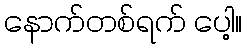
နောက်တစ်ရက် ပေါ့။